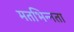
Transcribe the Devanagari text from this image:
मतभिन्‍नता